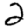
Digit: 2